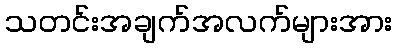
သတင်းအချက်အလက်များအား